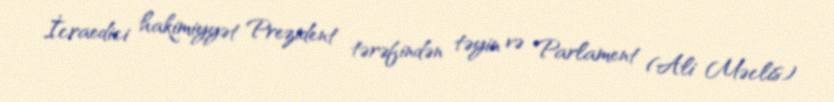
İcraedici hakimiyyət Prezident tərəfindən təyin və Parlament (Ali Məclis)